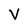
Character: V